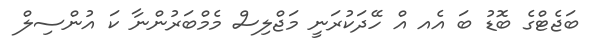
ބަޖެޓްގެ ބޮޑު ބަ އެއ އް ހޭދަކުރަނީ މަޖްލިސް މެމްބަރުންނާ ކަ އުންސިލް